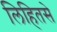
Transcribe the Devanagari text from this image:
लिहितसे